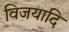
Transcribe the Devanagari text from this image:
विजयादि